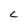
Character: C